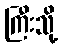
ကြီးသို့